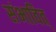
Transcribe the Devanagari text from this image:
संभावित्